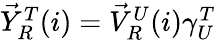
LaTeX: \begin{array}{r}{\vec{Y}_{R}^{T}(i)=\vec{V}_{R}^{U}(i)\gamma_{U}^{T}}\end{array}